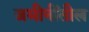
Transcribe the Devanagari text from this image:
जमीनींतील